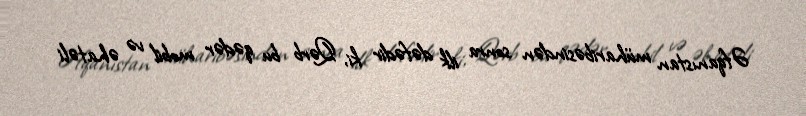
Əfqanıstan müharibəsindən sonra ilk dəfədir ki, Qərb bu qədər mobil və əhatəli